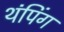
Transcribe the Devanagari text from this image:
थंपिंग